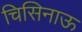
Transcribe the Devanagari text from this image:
चिसिनाऊ